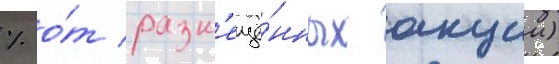
% о́т разм'ещё́нных акции)